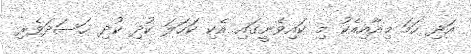
އަދި ހަމަ މިއާއިއެކު މި ކައިވެނީގައި އެކި ކަހަލަ ކުދި ކުދި ހަސަދަވެރި